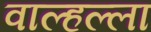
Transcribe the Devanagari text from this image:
वाल्हल्ला